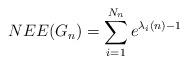
LaTeX: \begin{align*}NEE(G_n)=\sum_{i=1}^{N_n}e^{\lambda_i(n)-1}\end{align*}